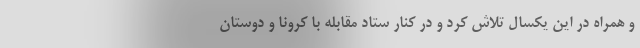
و همراه در این یکسال تلاش کرد و در کنار ستاد مقابله با کرونا و دوستان